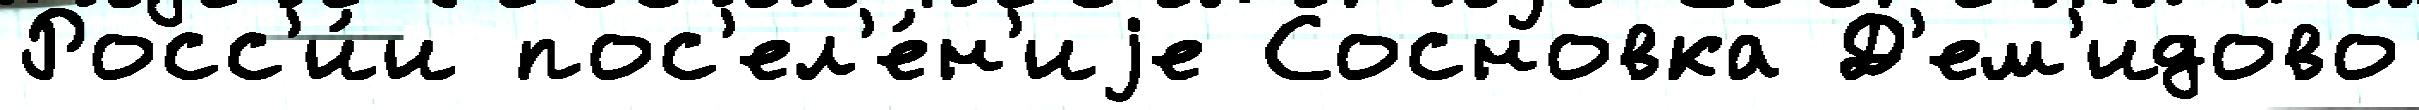
Росс'и́и пос'ел'е́н'иjе Сосновка Д'ем'идово